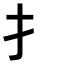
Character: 扌